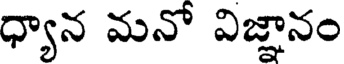
ధ్యాన మనో విజ్ఞానం